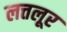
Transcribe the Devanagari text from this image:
लत्तलूर